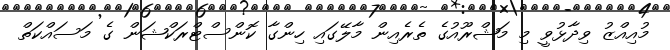
މުއިއްޒު ވިދާޅުވީ މި މަޝްރޫއުގެ ތެރެއިން މާލޭގައި ހިންގާ ކޮންސްޓްރަކްޝަން ގެ މަސައްކަތް